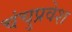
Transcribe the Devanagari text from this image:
चंचुप्रवेश